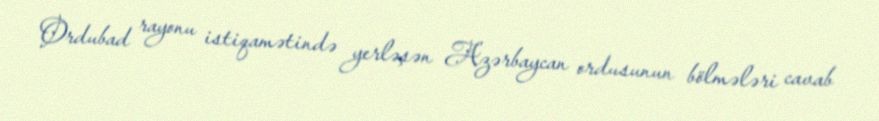
Ordubad rayonu istiqamətində yerləşən Azərbaycan ordusunun bölmələri cavab